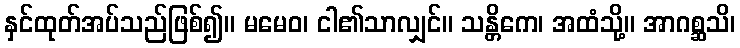
နှင်ထုတ်အပ်သည်ဖြစ်၍။ မမေဝ၊ ငါ၏သာလျှင်။ သန္တိကေ၊ အထံသို့။ အာဂစ္ဆသိ၊